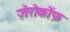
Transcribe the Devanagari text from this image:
ज़ेरोकोंफ़